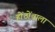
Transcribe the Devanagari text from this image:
होंठोंवाला